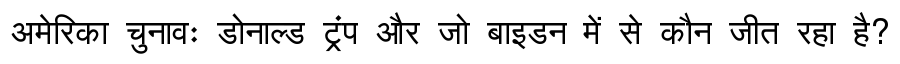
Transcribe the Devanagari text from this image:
अमेरिका चुनावः डोनाल्ड ट्रंप और जो बाइडन में से कौन जीत रहा है?